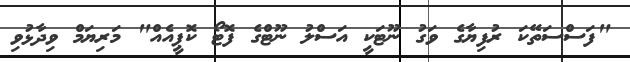
"ފަސްސަތޭކަ ރުފިޔާގެ ވަގު ނޫޓަކީ އަސްލު ނޫޓްގެ ފޮޓޯ ކޮޕީއެއް" މަރިޔަމް ވިދާޅުވި